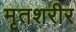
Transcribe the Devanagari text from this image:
मृतशरीर